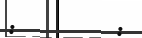
:        :